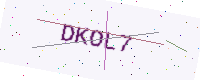
Text: DKOL7